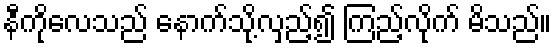
နီကိုလေသည် နောက်သို့လှည့်၍ ကြည့်လိုက် မိသည်။